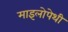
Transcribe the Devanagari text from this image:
माइलोपेथी